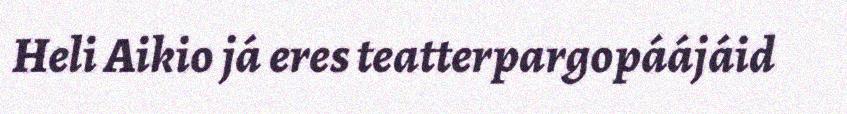
Heli Aikio já eres teatterpargopáájáid